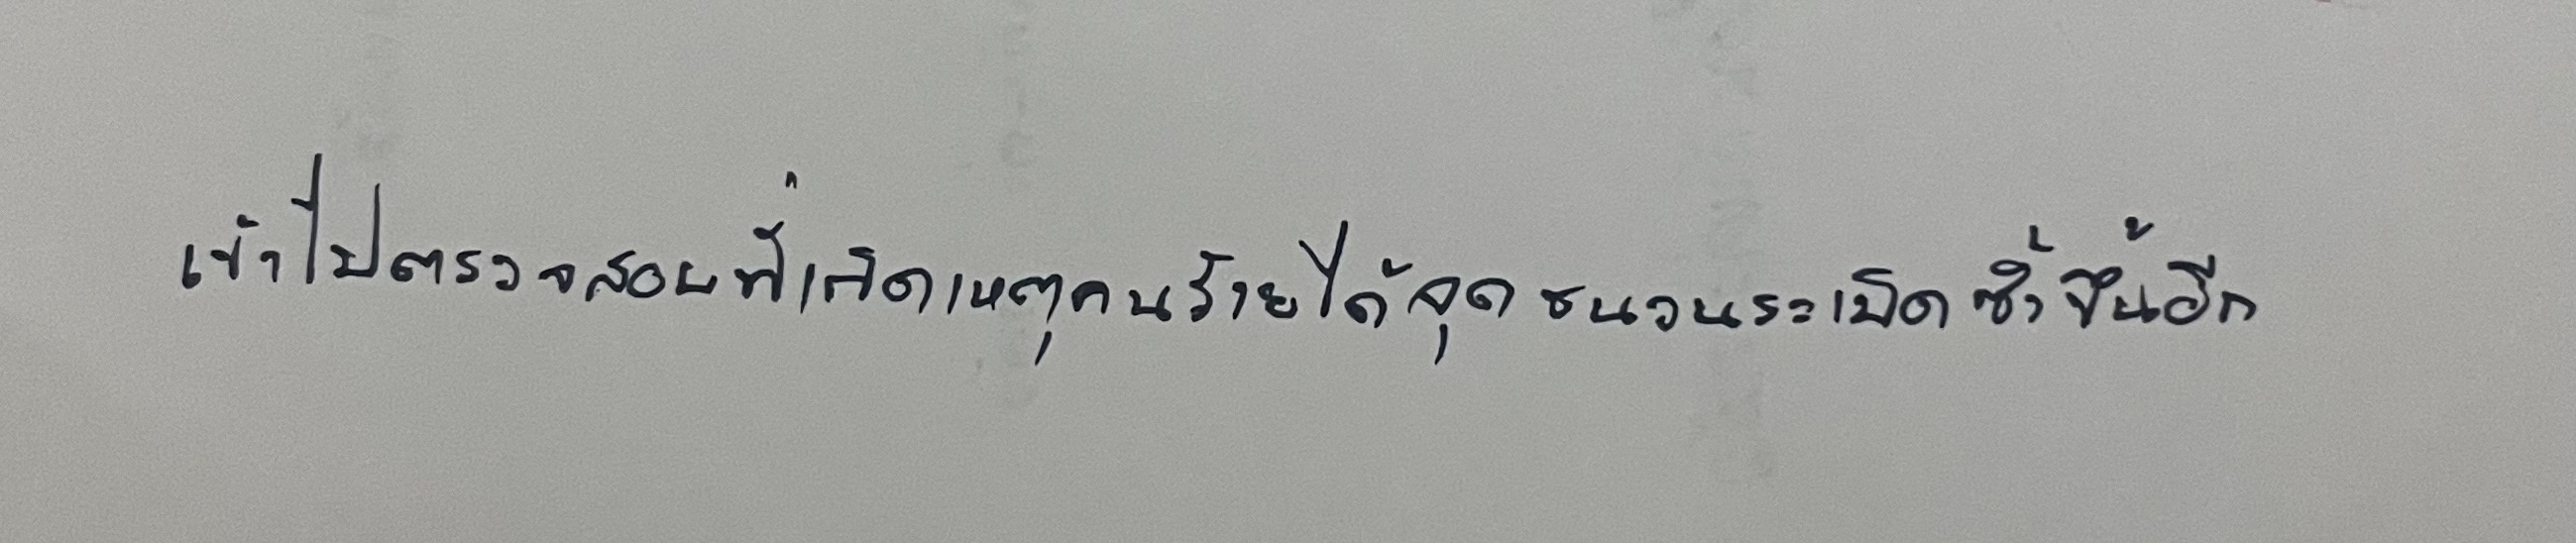
เข้าไปตรวจสอบที่เกิดเหตุคนร้ายได้จุดชนวนระเบิดซ้ำขึ้นอีก